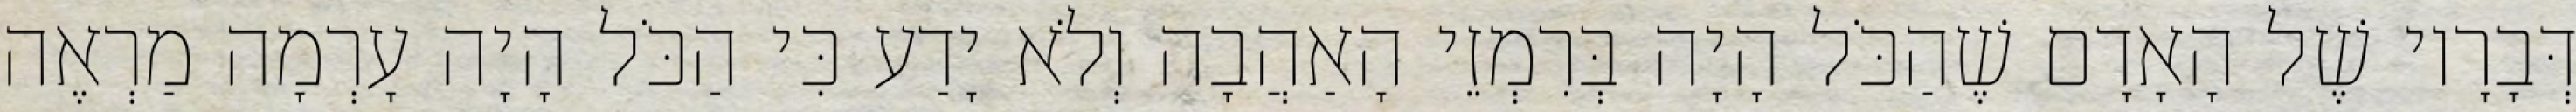
דְּבָרָיו שֶׁל הָאָדָם שֶׁהַכֹּל הָיָה בְּרִמְזֵי הָאַהֲבָה וְלֹא יָדַע כִּי הַכֹּל הָיָה עָרְמָה מַרְאֶה